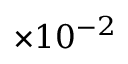
\times 1 0 ^ { - 2 }